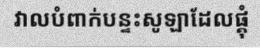
វាលបំពាក់បន្ទះសូឡាដែលផ្គុំ